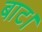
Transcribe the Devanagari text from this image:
बाट।